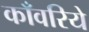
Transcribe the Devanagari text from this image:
काँवरिये